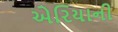
એરિયાની